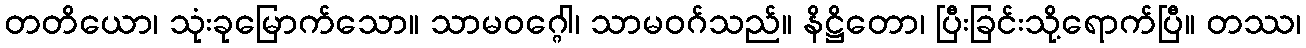
တတိယော၊ သုံးခုမြောက်သော။ သာမဝဂ္ဂေါ၊ သာမဝဂ်သည်။ နိဋ္ဌိတော၊ ပြီးခြင်းသို့ရောက်ပြီ။ တဿ၊